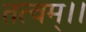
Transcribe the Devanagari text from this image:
तत्वम्।।